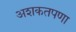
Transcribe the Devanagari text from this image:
अशकतपणा